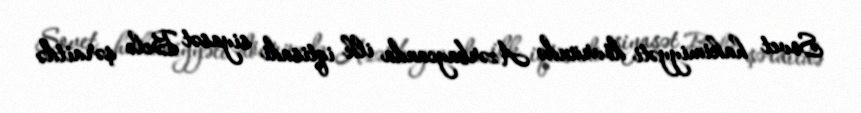
Sovet hakimiyyəti dövründə Azərbaycanda ilk iqtisadi siyasət Belə şəraitdə